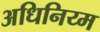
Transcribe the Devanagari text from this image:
अधिनिय्म